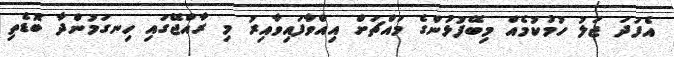
އެފަދަ ޖަލު ހުމުކުމެއް މިބޭފުޅުންގެ މައްޗަށް އިއްވާފައިވާއިރު މި ރާއްޖޭގައި ހިނގަމުންދާ ބޮޑެތި